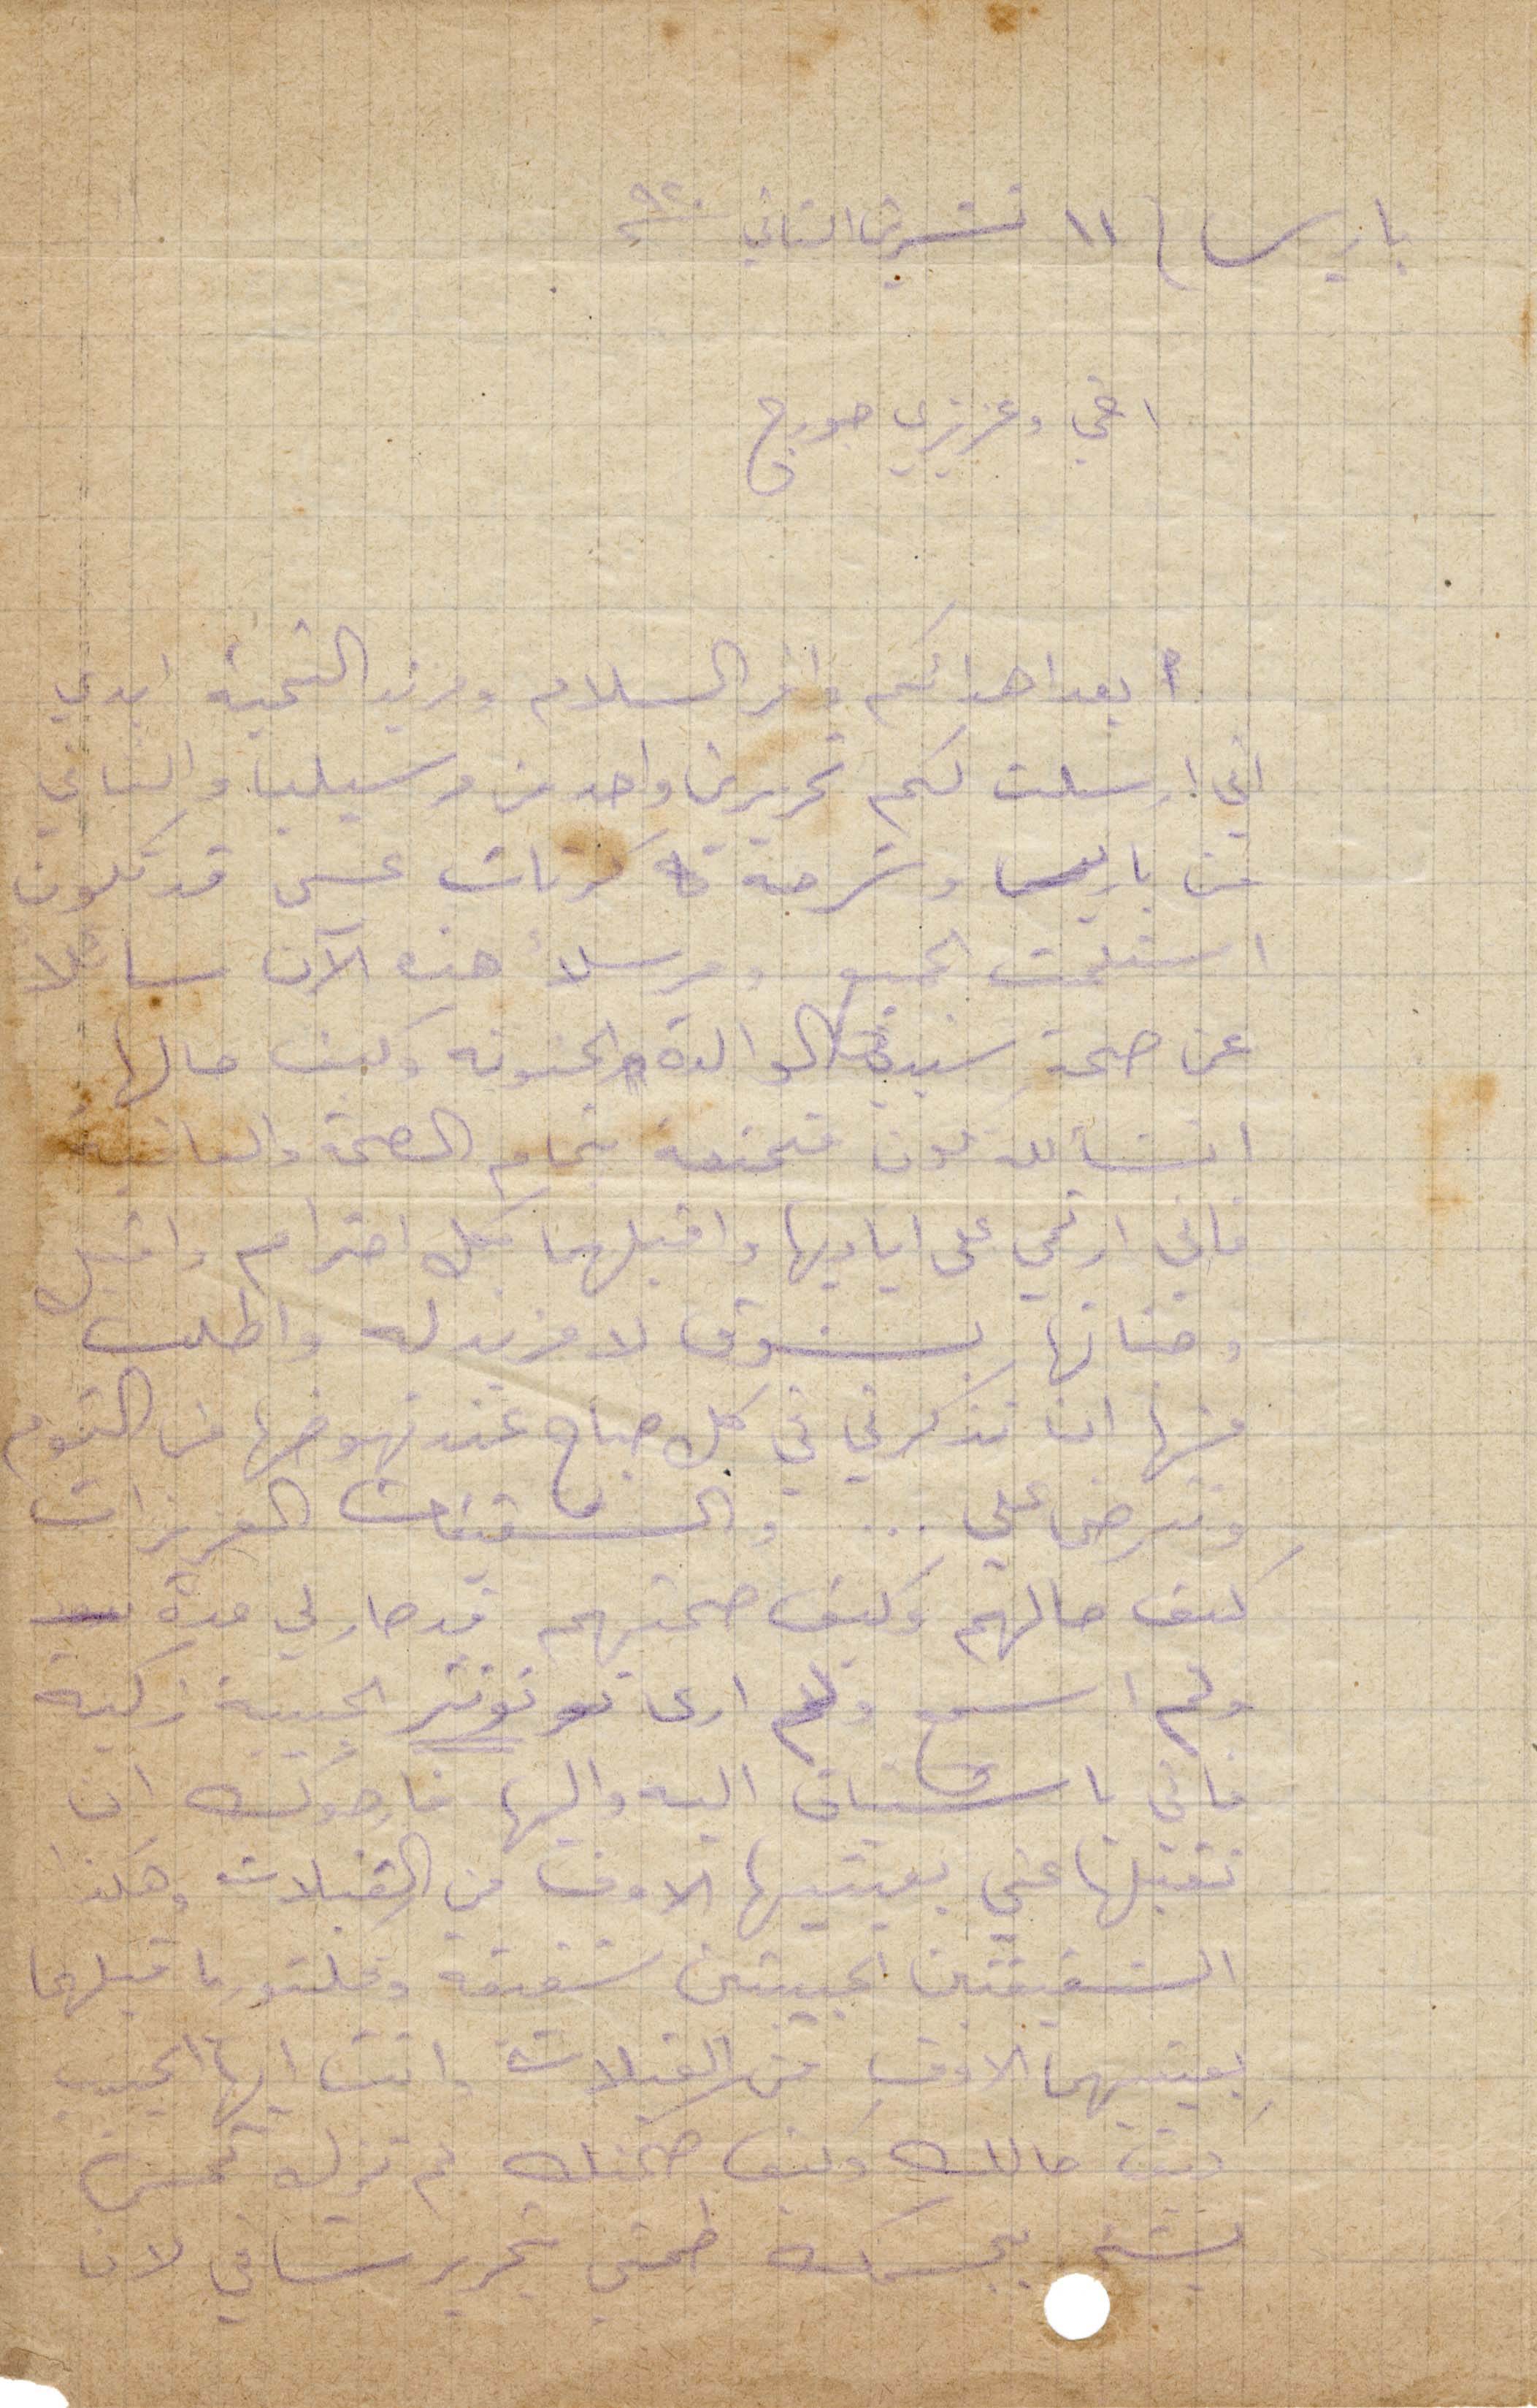
باريس ١١ تشرين الثاني ١٩٢٠
اخي وعزيزي جورج
بعد اهائكم احر السلام ومزيد التحية ابدي
اني أرسلت لكم تحريرين واحد من مرسيليا والثاني
من باريس وشرحة كرتات عسى قد تكون
استلمت الجميع ومرسلًا هذه الآن سائلًا
عن صحة سيدتي الوالدة الحنونة وكيف حالها
اشنالله تكون متمتعة بتمام الصاحة والعافية
فاني ارتمي على اياديها واقبلها كل احترام واقبل
وجناتها بشوق لا مزيد له واطلب
منها ان تذكرني في كل صباح عند نهوضها من النوم
وتترضى علي... والشقيقات العزيزات
كيف حالكم وكيف صحتهم قد صار لي مدة
لم اسمع ولم أرى تونتر الحبيبة زكيه
فاني اشتياقي اليه واليها فارجوك ان
تقبلها عني بعينيها الوف من القبلات وهكذا
الشقيقتين الحبيبتين شفيقة وفكتوريا قبلهما
بعينيهما الوف من القبلات وانت أيها الحبيب
كيف حالك وكيف صحتك لم تزل تحس
بشيء بجسمك طمني بتحرير ستسافي لان